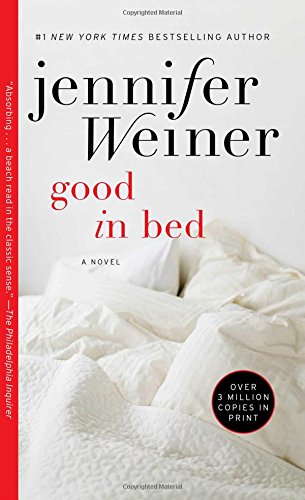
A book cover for Good in Bed; Jennifer Weiner; Romance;